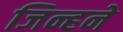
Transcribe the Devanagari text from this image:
जिन्हने